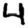
Digit: 4